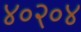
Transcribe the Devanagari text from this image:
४०२०४